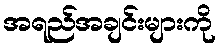
အရည်အချင်းများကို